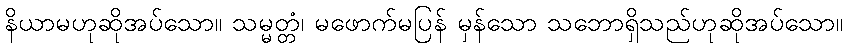
နိယာမဟုဆိုအပ်သော။ သမ္မတ္တံ၊ မဖောက်မပြန် မှန်သော သဘောရှိသည်ဟုဆိုအပ်သော။